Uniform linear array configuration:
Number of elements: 16
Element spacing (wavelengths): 0.5
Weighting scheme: uniform
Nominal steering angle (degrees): -30
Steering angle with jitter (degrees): -30.164
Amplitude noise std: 0.05
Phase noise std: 0.05

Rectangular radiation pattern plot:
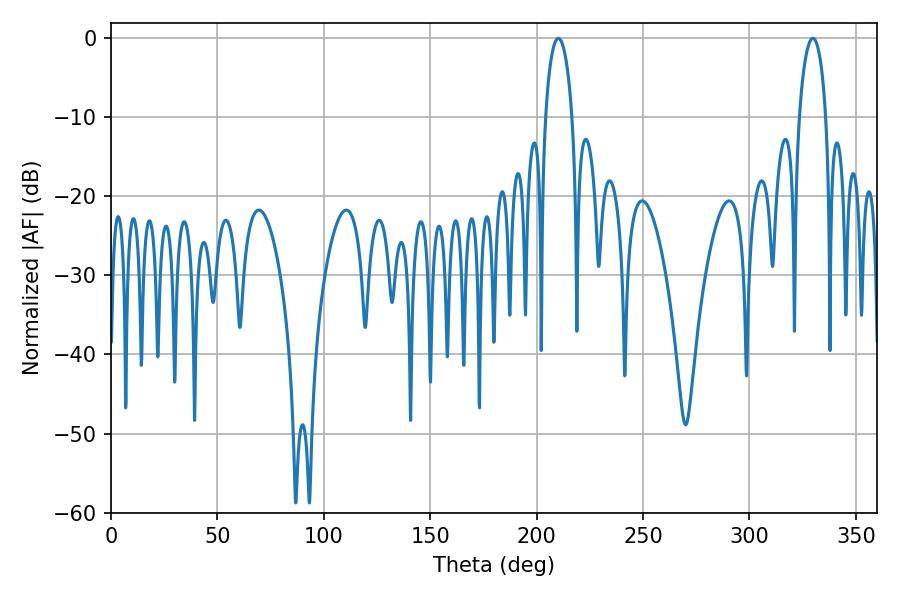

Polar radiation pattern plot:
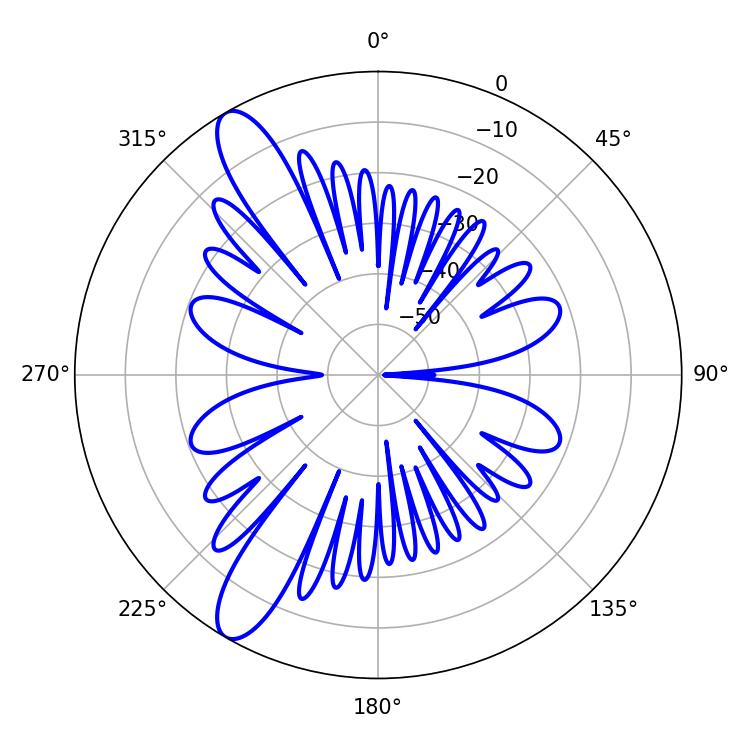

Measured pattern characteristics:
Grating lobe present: FALSE
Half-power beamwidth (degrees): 7.2
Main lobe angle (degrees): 210.24